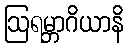
ဩရမ္ဘာဂိယာနိ